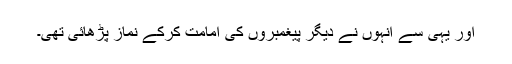
اور یہی سے انہوں نے دیگر پیغمبروں کی امامت کرکے نماز پڑھائی تھی۔